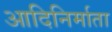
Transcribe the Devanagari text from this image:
आदिनिर्माता